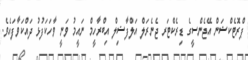
ޕްރޮޓެކްޝަން އޭޖެންސީގެ ޑިރެކްޓަރ ޖެނެރަލް އަލްފާޟިލް އިބްރާހީމް ނައީމު ވަނީ ވާހަކަފުޅު ދައްކަވާފައެވެ.